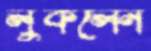
লুকলেন